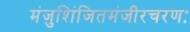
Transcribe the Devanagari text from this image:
मंजुशिंजितमंजीरचरणः